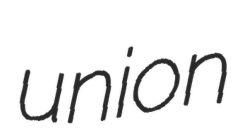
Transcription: union